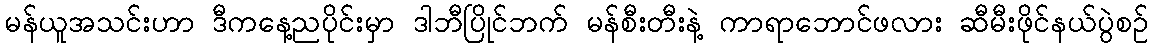
မန်ယူအသင်းဟာ ဒီကနေ့ညပိုင်းမှာ ဒါဘီပြိုင်ဘက် မန်စီးတီးနဲ့ ကာရာဘောင်ဖလား ဆီမီးဖိုင်နယ်ပွဲစဉ်